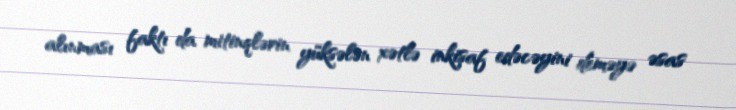
alınması faktı da mitinqlərin yüksələn xətlə inkişaf edəcəyini deməyə əsas